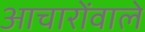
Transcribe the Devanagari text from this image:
आचारोंवाले